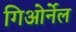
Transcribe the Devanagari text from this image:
गिओर्नेल